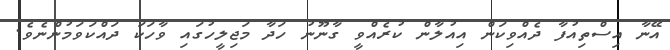
އޭނާ އިސްތިއުފާ ދެއްވިކަން އިއުލާން ކުރެއްވީ ގާނޫނު ހަދާ މަޖިލީހުގައި ވާހަކަ ދައްކަވަމުންނެވެ.